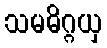
သမဓိဂ္ဂယှ